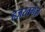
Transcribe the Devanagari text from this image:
हज़रतगंज़